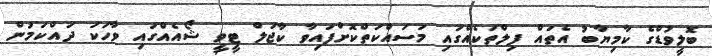
ބޮލީވުޑްގެ ކާމިޔާބު އެތައް ފިލްތަކެއްގައި މަސައްކަތްކޮށްފައިވާ ކާޖަލް ޓީވީ ޝޯއެއްގައި ވާހަކަ ދައްކަމުން